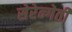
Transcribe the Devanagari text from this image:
सेरेन्गेती